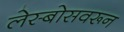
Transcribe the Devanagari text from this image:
लेस्बोसवरून